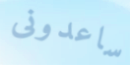
ساعدونى